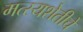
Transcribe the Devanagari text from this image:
मत्स्यशेतीचे